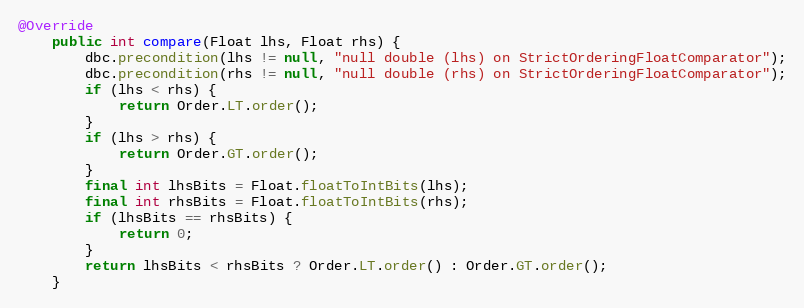
Language: Java
@Override
    public int compare(Float lhs, Float rhs) {
        dbc.precondition(lhs != null, "null double (lhs) on StrictOrderingFloatComparator");
        dbc.precondition(rhs != null, "null double (rhs) on StrictOrderingFloatComparator");
        if (lhs < rhs) {
            return Order.LT.order();
        }
        if (lhs > rhs) {
            return Order.GT.order();
        }
        final int lhsBits = Float.floatToIntBits(lhs);
        final int rhsBits = Float.floatToIntBits(rhs);
        if (lhsBits == rhsBits) {
            return 0;
        }
        return lhsBits < rhsBits ? Order.LT.order() : Order.GT.order();
    }